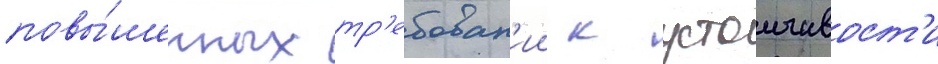
повы́шенных тр'ебован'ии к устоичивост'и